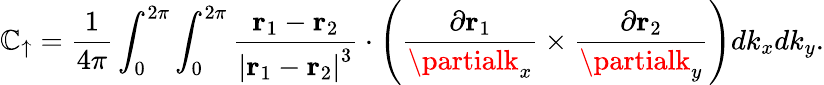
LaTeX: \mathbb{C}_{\uparrow}=\frac{{1}}{{4\pi}}\int_{0}^{2\pi}\int_{0}^{2\pi}\frac{{\mathbf{{r}}_{1}-\mathbf{{r}}_{2}}}{{\left\vert\mathbf{{r}}_{1}-\mathbf{{r}}_{2}\right\vert^{3}}}\cdot\left(\frac{{\partial\mathbf{{r}}_{1}}}{{\partialk_{x}}}\times\frac{{\partial\mathbf{{r}}_{2}}}{{\partialk_{y}}}\right)dk_{x}dk_{y}.